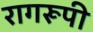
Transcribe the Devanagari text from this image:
रागरूपी